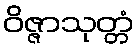
ဝိဇ္ဇာသုတ္တံ